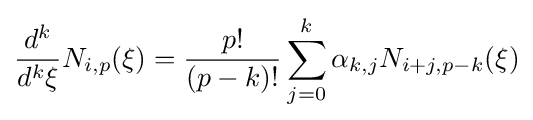
{\frac {d^{k}}{d^{k}\xi }}N_{i,p}(\xi )={\frac {p!}{(p-k)!}}\sum _{j=0}^{k}\alpha _{k,j}N_{i+j,p-k}(\xi )